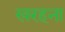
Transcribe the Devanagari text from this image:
खरहना